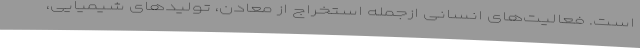
است. فعالیت‌های انسانی ازجمله استخراج از معادن، تولیدهای شیمیایی،